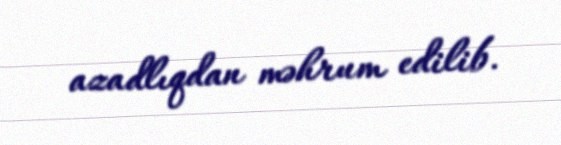
azadlıqdan məhrum edilib.